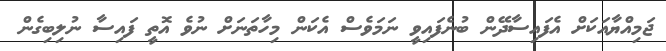
ޖަމިއްޔާއަކަށް އެފައިސާދޭން ބުނެފައިވީ ނަމަވެސް އެކަން މިހާތަނަށް ނުވެ އޮތީ ފައިސާ ނުލިބިގެން